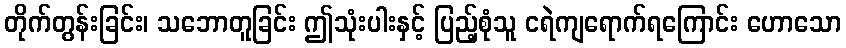
တိုက်တွန်းခြင်း၊ သဘောတူခြင်း ဤသုံးပါးနှင့် ပြည့်စုံသူ ငရဲကျရောက်ရကြောင်း ဟောသော